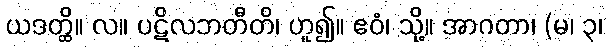
ယဒတ္ထိ။ လ။ ပဋိလဘတီတိ၊ ဟူ၍။ ဧဝံ၊ သို့။ အာဂတာ၊ (မ၊ ၃၊